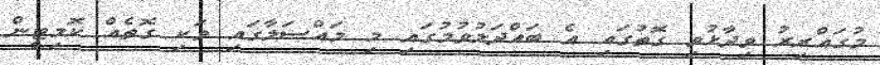
މުގައްރިރު ވިދާޅުވި ގޮތުގައި އެ ބައްދަލުވުމުގައި މި މައްސަލާގައި ވަކި ގޮތެއް ކޮމިޓީން